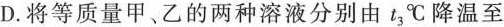
D.将等质量甲、乙的两种溶液分别由t_{3}℃降温至